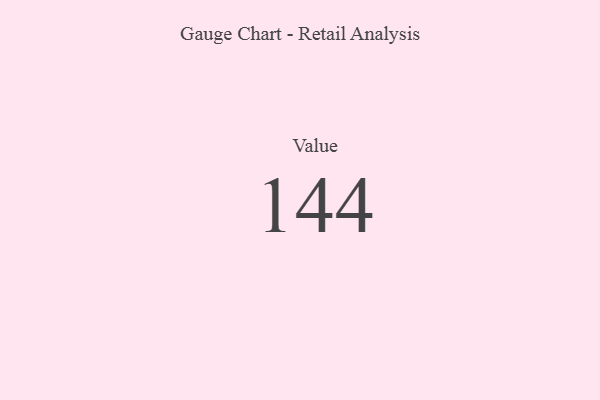
{"axis": {"x": "Metric", "y": "Value"}, "legend": [""], "data": [{"x": "Value", "y": 144, "type": ""}]}